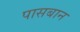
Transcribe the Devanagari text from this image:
पासबान